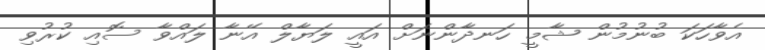
އެވާހަކަ ބުނުމުން ޝާމީ ހަނދާންނަށް އައީ ލަޔާލް އޭނާ ލައްވާ ސޮއި ކުރުވި